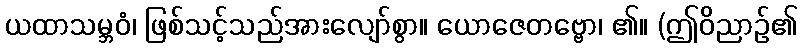
ယထာသမ္ဘဝံ၊ ဖြစ်သင့်သည်အားလျော်စွာ။ ယောဇေတဗ္ဗော၊ ၏။ (ဤဝိညာဉ်၏